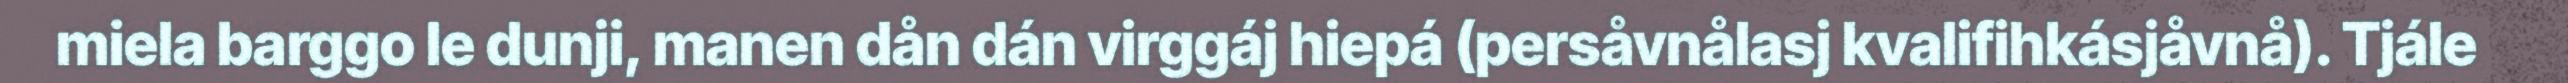
miela barggo le dunji, manen dån dán virggáj hiepá (persåvnålasj kvalifihkásjåvnå). Tjále